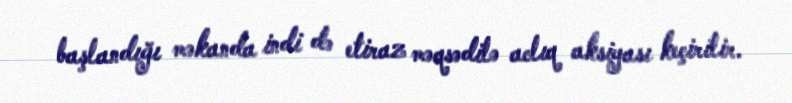
başlandığı məkanda indi də etiraz məqsədilə aclıq aksiyası keçirilir.